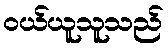
ဝယ်ယူသူသည်